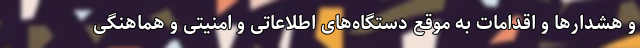
و هشدارها و اقدامات به موقع دستگاه‌های اطلاعاتی و امنیتی و هماهنگی